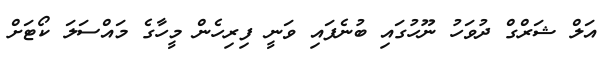
އަލް ޝަރްގް ދުވަހު ނޫހުގައި ބުނެފައި ވަނީ ފިރިހެން މީހާގެ މައްސަލަ ކޯޓަށް